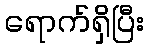
ရောက်ရှိပြီး